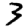
Digit: 3